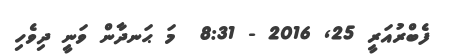
ފެބްރުއަރީ 25